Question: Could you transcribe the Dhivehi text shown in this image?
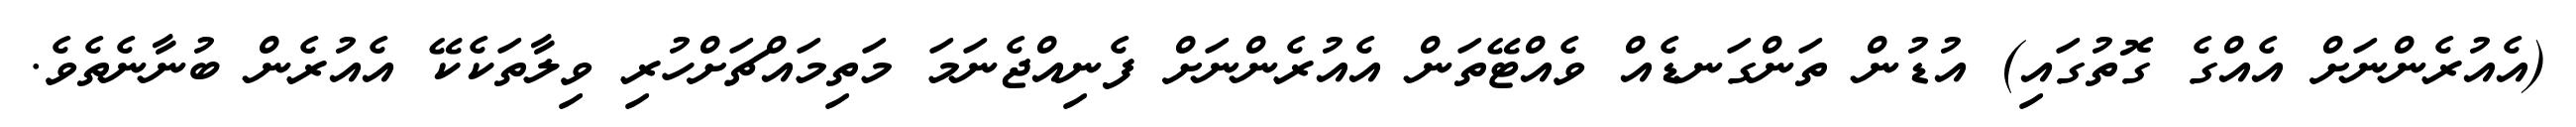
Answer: (އެއުރެންނަށް އެއްގެ ގޮތުގައި) އުޑުން ތަންގަނޑެއް ވެއްޓޭތަން އެއުރެންނަށް ފެނިއްޖެނަމަ މަތިމައްޗަށްހުރި ވިލާތަކެކޭ އެއުރެން ބުނާނެތެވެ.